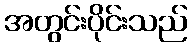
အတွင်းပိုင်းသည်